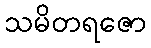
သမိတရဇော